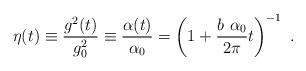
LaTeX: \begin{align*}\eta (t)\equiv {\frac{g^2(t)}{g^2_0}}\equiv {\frac{\alpha(t)}{\alpha_0}}=\left(1+{\frac{b~ \alpha_0}{2\pi}}t\right)^{-1}~.\end{align*}